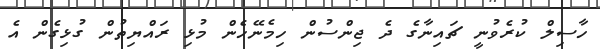
ހާސިލް ކުރެވުނީ ޗައިނާގެ ދެ ޖިންސުން ހިމެނޭހެން މުޅި ރައްޔިތުން ގުޅިގެން އެ